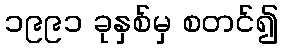
၁၉၉၁ ခုနှစ်မှ စတင်၍